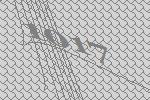
1017